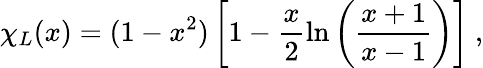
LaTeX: \chi_{L}(x)=(1-x^{2})\left[1-\frac{x}{2}\ln\left(\frac{x+1}{x-1}\right)\right]\ ,